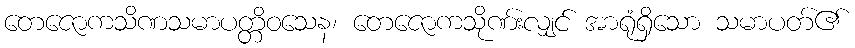
တေဇောကသိဏသမာပတ္တိဝသေန၊ တေဇောကသိုဏ်းလျှင် အာရုံရှိသော သမာပတ်၏